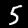
Label: 5